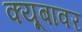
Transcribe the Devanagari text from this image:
क्यूबावर